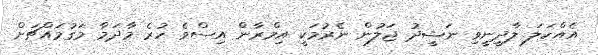
އެއްކަލަ ލާދީނީވި ނަޝީދު ޖަލުން ނެރުމަކީ އިމްރާން އިސްވެ ހުރެ މާދަމާ މަގުމައްޗަށް